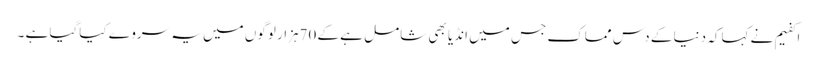
اکفیم نے کہاکہ دنیا کے دس مماک جس میں انڈیا بھی شامل ہے کے 70ہزار لوگوں میں یہ سروے کیاگیا ہے ۔